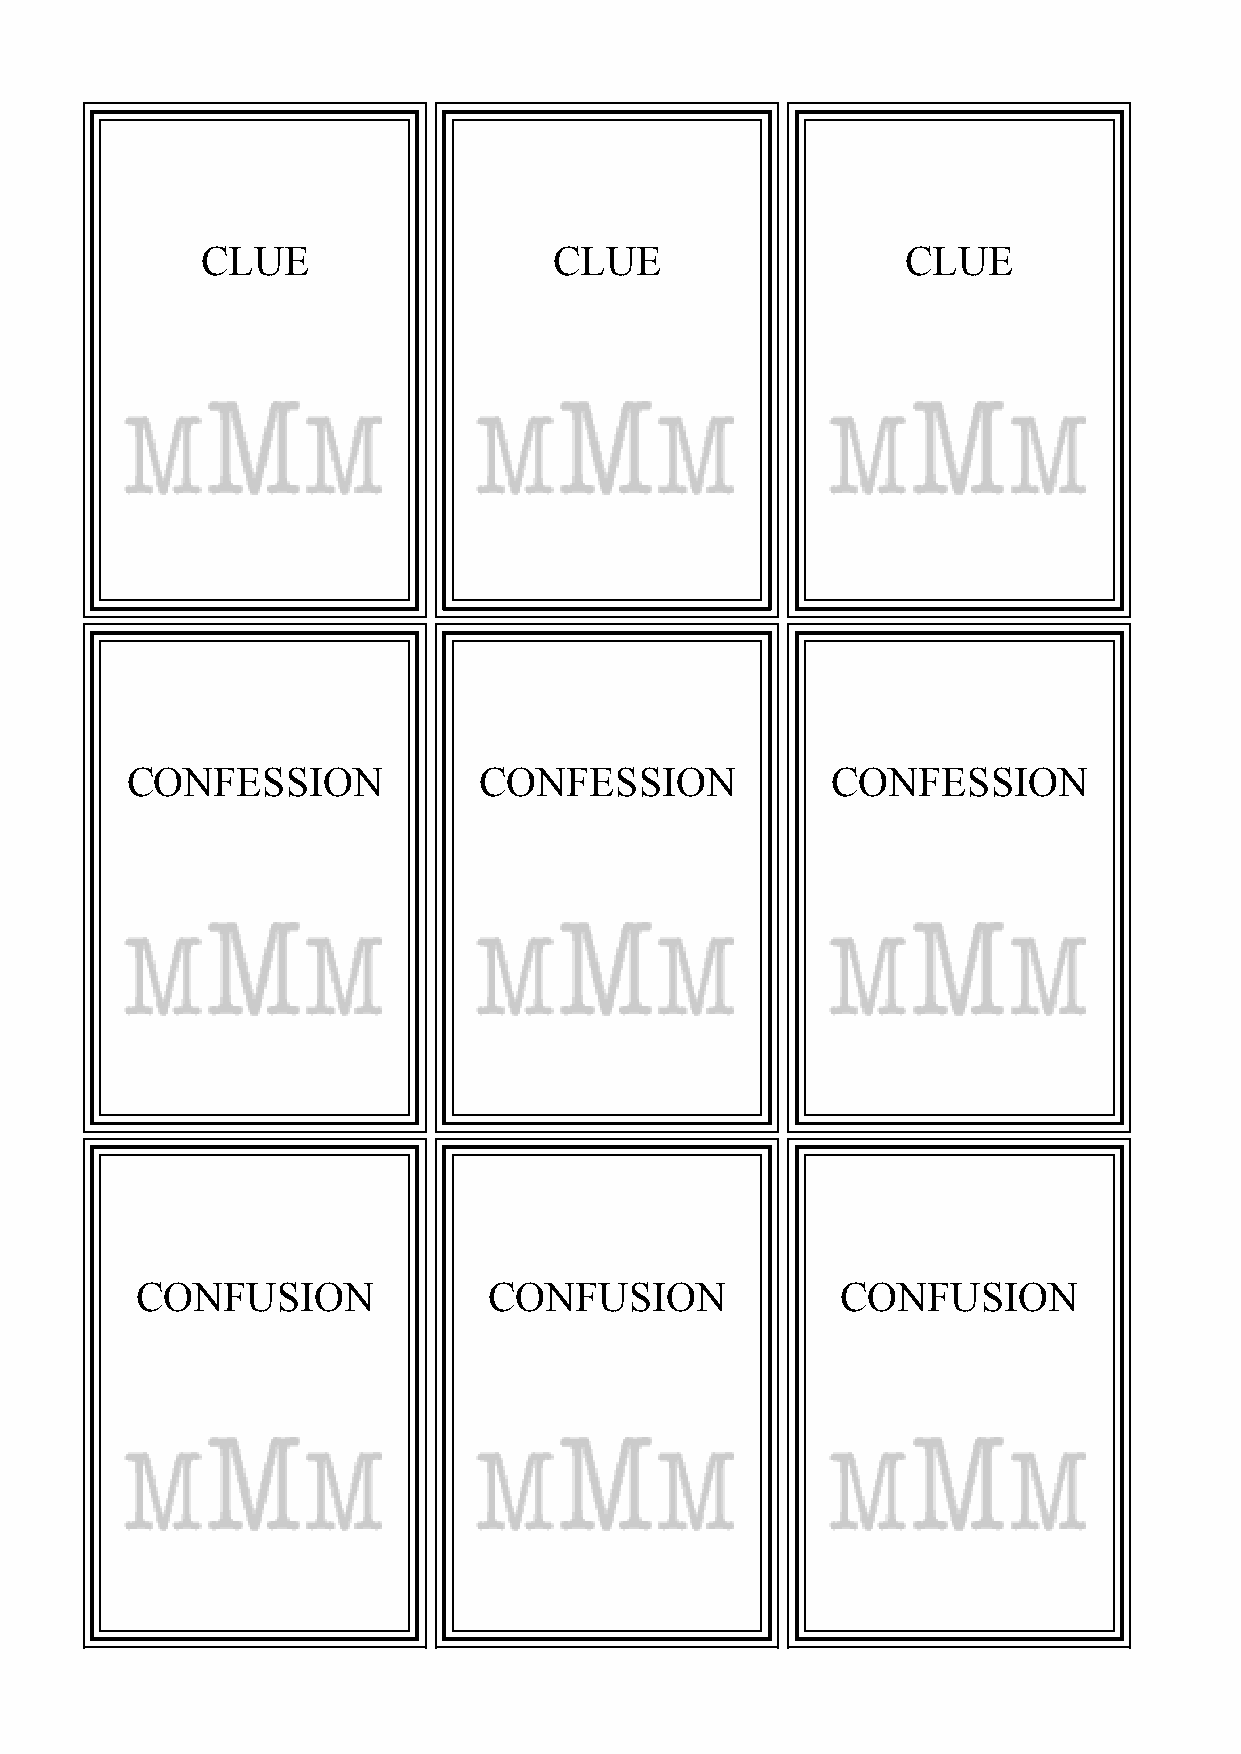
CLUE                    CLUE                   CLUE
 CONFESSION              CONFESSION             CONFESSION
 CONFUSION              CONFUSION               CONFUSION